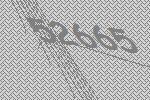
52665